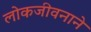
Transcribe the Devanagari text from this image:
लोकजीवनाने